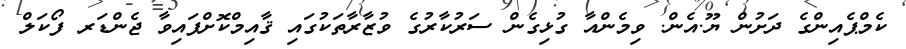
ކެމްޕެއިންގެ ދަށުން ޔޫ.އެން. ވިމެންއާ ގުޅިގެން ސަރުކާރުގެ ވުޒާރާތަކުގައި ޤާއިމްކޮށްފައިވާ ޖެންޑަރ ފޯކަލް